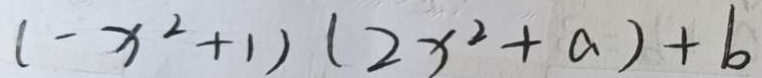
( - x ^ { 2 } + 1 ) ( 2 x ^ { 2 } + a ) + b